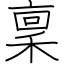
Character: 稟